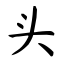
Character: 头